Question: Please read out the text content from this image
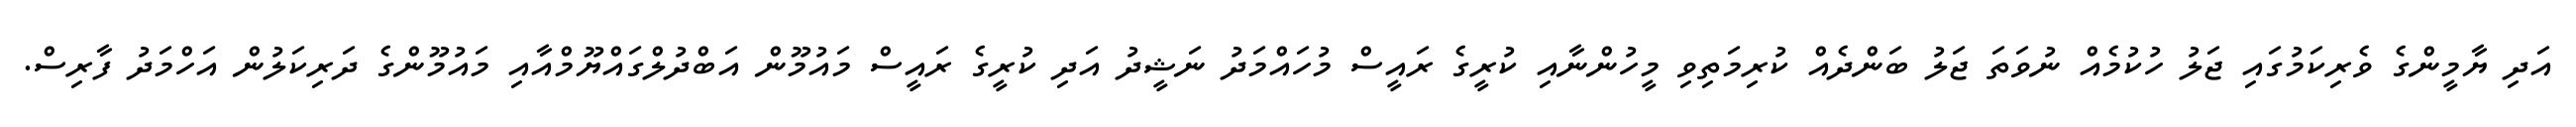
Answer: އަދި ޔާމީންގެ ވެރިކަމުގައި ޖަލު ހުކުމެއް ނުވަތަ ޖަލު ބަންދެއް ކުރިމަތިވި މީހުންނާއި ކުރީގެ ރައީސް މުހައްމަދު ނަޝީދު އަދި ކުރީގެ ރައީސް މައުމޫން އަބްދުލްގައްޔޫމްއާއި މައުމޫންގެ ދަރިކަލުން އަހްމަދު ފާރިސް.